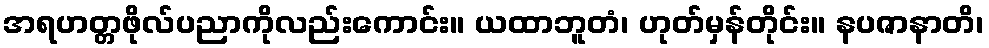
အရဟတ္တဖိုလ်ပညာကိုလည်းကောင်း။ ယထာဘူတံ၊ ဟုတ်မှန်တိုင်း။ နပဇာနာတိ၊